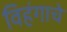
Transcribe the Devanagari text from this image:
विहंगाचे